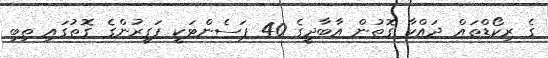
ގެ ރިކޯޑްތައް ދައްކާ ގޮތުން އާބާދީގެ 40 ޕަސެންޓަކީ ފަގީރުންގެ ގޮތުގައި ތިބި